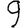
Digit: 9